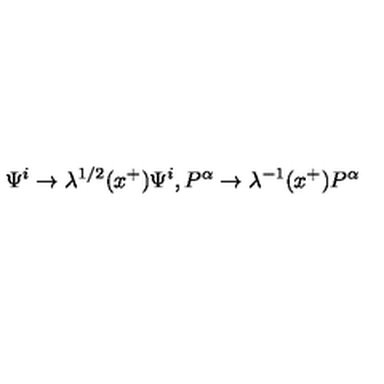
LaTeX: \Psi ^ { i } \rightarrow \lambda ^ { 1 / 2 } ( x ^ { + } ) \Psi ^ { i } , P ^ { \alpha } \rightarrow \lambda ^ { - 1 } ( x ^ { + } ) P ^ { \alpha }